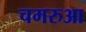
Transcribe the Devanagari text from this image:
चमरुआ